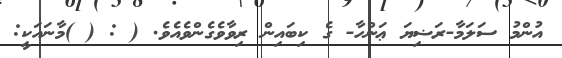
އުންމު ސަލަމާ-ރަޟިޔަ ޢަންހާ- ގެ ކިބައިން ރިވާވެގެންވެއެވެ. ( : ( )މާނައަކީ: